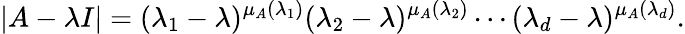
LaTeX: |A-\lambda I|=(\lambda_{1}-\lambda)^{\mu_{A}(\lambda_{1})}(\lambda_{2}-\lambda)^{\mu_{A}(\lambda_{2})}\cdots(\lambda_{d}-\lambda)^{\mu_{A}(\lambda_{d})}.